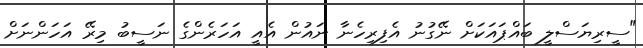
"ސީރިޔަސްލީ ބައްޕައަކަށް ނޭގުނު އެފިރިހެނާ ނައުން އެއީ އަހަރެންގެ ނަސީބު މިރޭ އަހަންނަށް